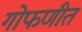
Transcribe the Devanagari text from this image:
गोफणीत